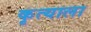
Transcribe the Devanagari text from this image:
कृत्याला